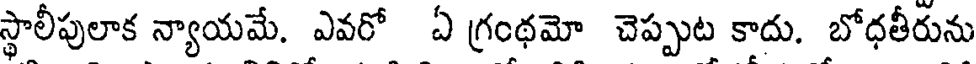
స్థాలీపులాక న్యాయమే. ఎవరో ఏ గ్రంథమో చెప్పుట కాదు. బోధతీరును